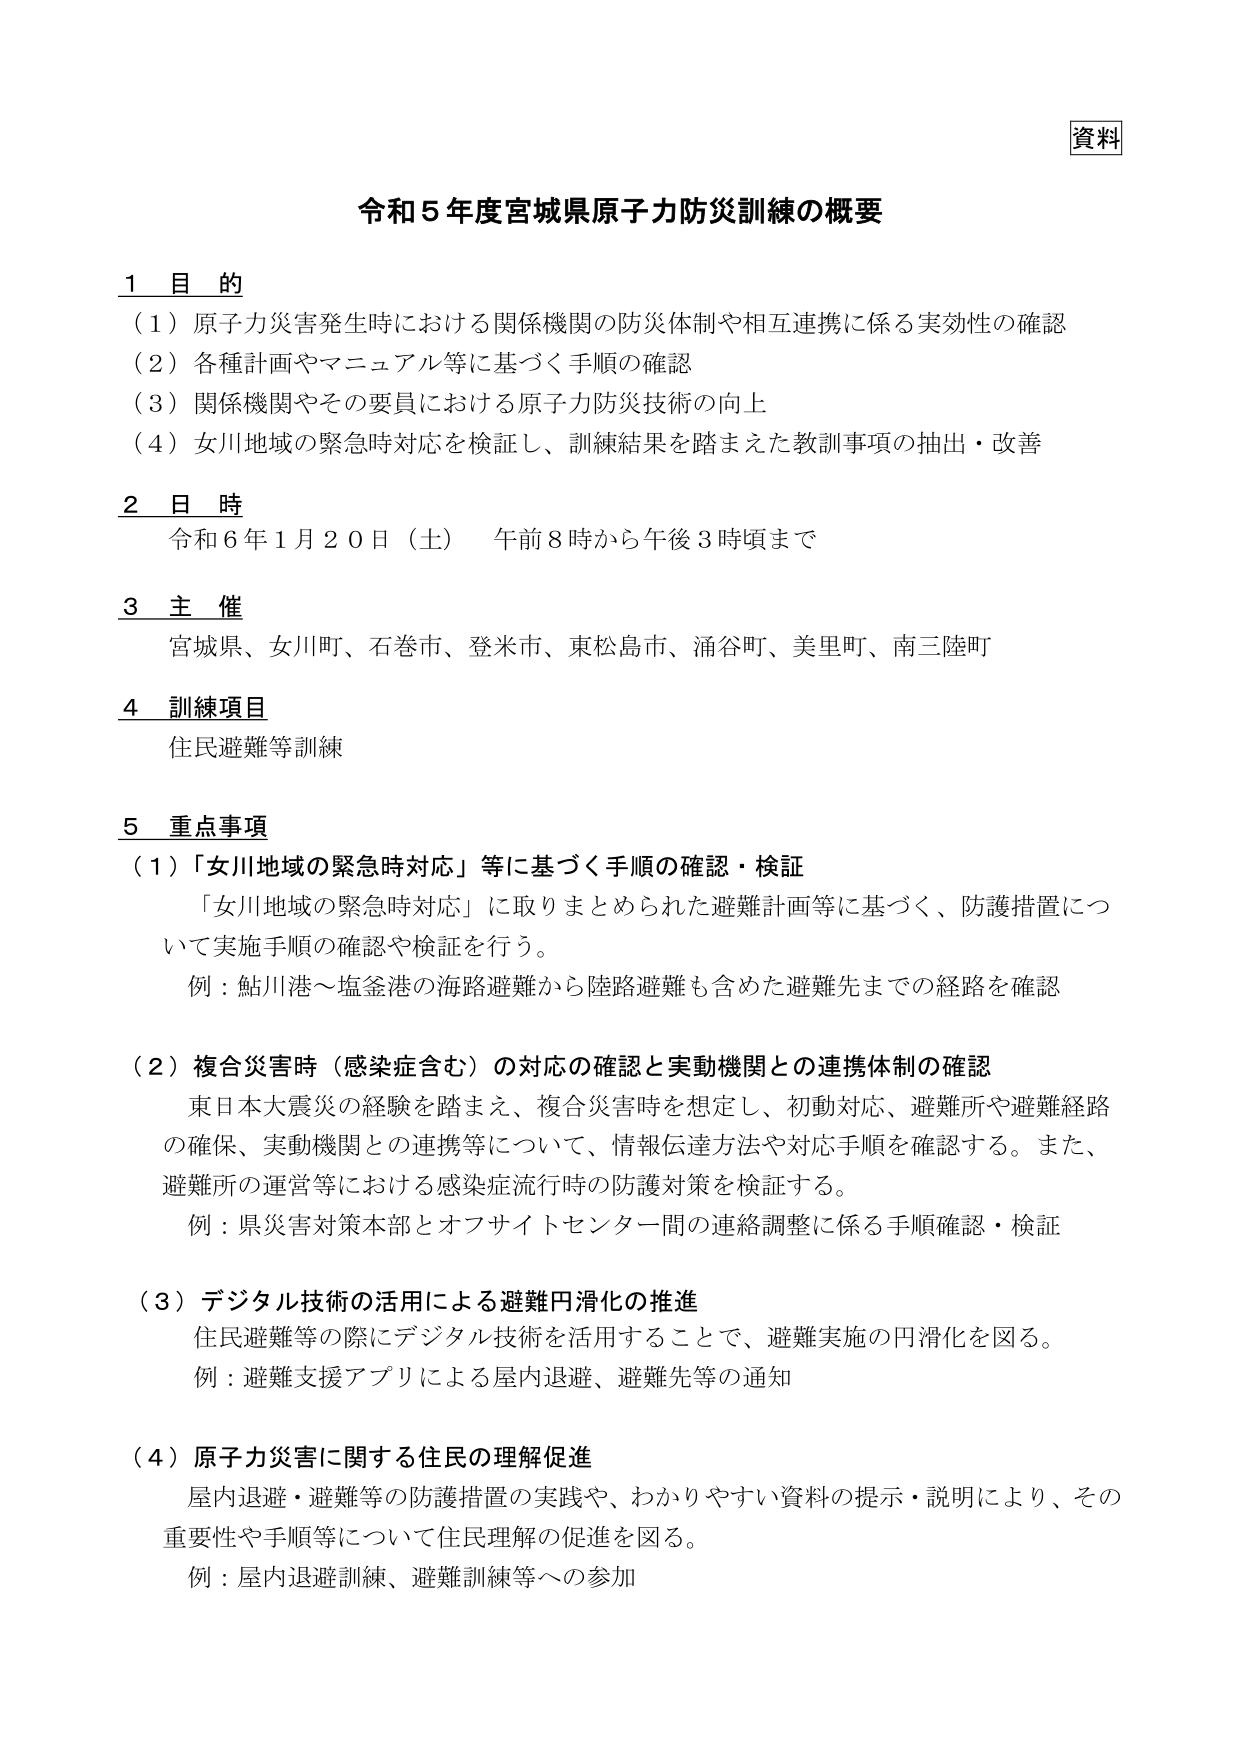
資料

令和５年度宮城県原子力防災訓練の概要

１ 目 的
（１）原子力災害発生時における関係機関の防災体制や相互連携に係る実効性の確認
（２）各種計画やマニュアル等に基づく手順の確認
（３）関係機関やその要員における原子力防災技術の向上
（４）女川地域の緊急時対応を検証し、訓練結果を踏まえた教訓事項の抽出・改善

２ 日 時
令和６年１月２０日（土） 午前８時から午後３時頃まで

３ 主 催
宮城県、女川町、石巻市、登米市、東松島市、涌谷町、美里町、南三陸町

４ 訓練項目
住民避難等訓練

５ 重点事項
（１）「女川地域の緊急時対応」等に基づく手順の確認・検証
　「女川地域の緊急時対応」に取りまとめられた避難計画等に基づく、防護措置について実施手順の確認や検証を行う。
　例：鮎川港～塩釜港の海路避難から陸路避難も含めた避難先までの経路を確認

（２）複合災害時（感染症含む）の対応の確認と実動機関との連携体制の確認
　東日本大震災の経験を踏まえ、複合災害時を想定し、初動対応、避難所や避難経路の確保、実動機関との連携等について、情報伝達方法や対応手順を確認する。また、避難所の運営等における感染症流行時の防護対策を検証する。
　例：県災害対策本部とオフサイトセンター間の連絡調整に係る手順確認・検証

（３）デジタル技術の活用による避難円滑化の推進
　住民避難等の際にデジタル技術を活用することで、避難実施の円滑化を図る。
　例：避難支援アプリによる屋内退避、避難先等の通知

（４）原子力災害に関する住民の理解促進
　屋内退避・避難等の防護措置の実践や、わかりやすい資料の提示・説明により、その重要性や手順等について住民理解の促進を図る。
　例：屋内退避訓練、避難訓練等への参加